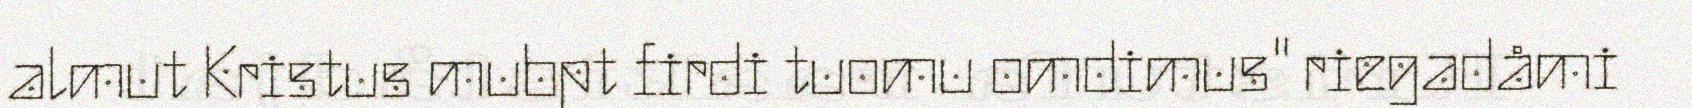
almut Kristus mubpt firdi tuomu omdimus" riegadåmi